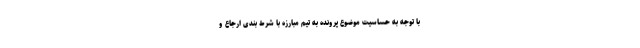
با توجه به حساسیت موضوع پرونده به تیم مبارزه با شرط بندی ارجاع و